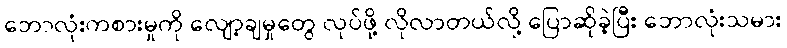
ဘောလုံးကစားမှုကို လျော့ချမှုတွေ လုပ်ဖို့ လိုလာတယ်လို့ ပြောဆိုခဲ့ပြီး ဘောလုံးသမား